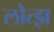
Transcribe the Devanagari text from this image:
लोत्झ